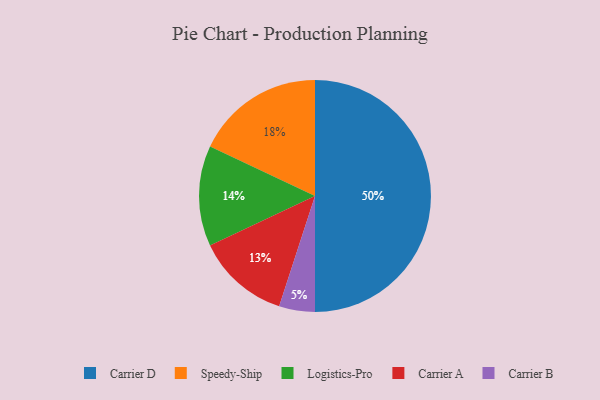
{"axis": {"x": "Category", "y": "Percentage"}, "legend": ["Carrier A", "Carrier B", "Carrier D", "Logistics-Pro", "Speedy-Ship"], "data": [{"x": "Logistics-Pro", "y": 14, "type": "Logistics-Pro"}, {"x": "Carrier A", "y": 13, "type": "Carrier A"}, {"x": "Carrier B", "y": 5, "type": "Carrier B"}, {"x": "Speedy-Ship", "y": 18, "type": "Speedy-Ship"}, {"x": "Carrier D", "y": 50, "type": "Carrier D"}]}